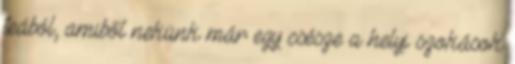
teából, amiből nekünk már egy csésze a helyi szokások